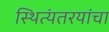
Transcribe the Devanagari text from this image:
स्थित्यंतरयांचा